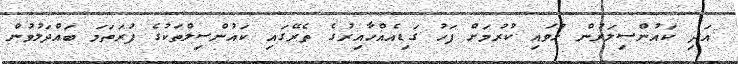
އަދި ކައުންސިލަރުން ހުވައި ކުރުމަށް ފަހު ގަޑިއެއްހާއިރުގެ ތެރޭގައި ކައުންސިލްތަކުގެ ފުރަތަމަ ބައްދަލުވުން